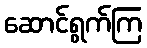
ဆောင်ရွက်ကြ